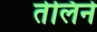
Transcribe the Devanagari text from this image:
तेलिने